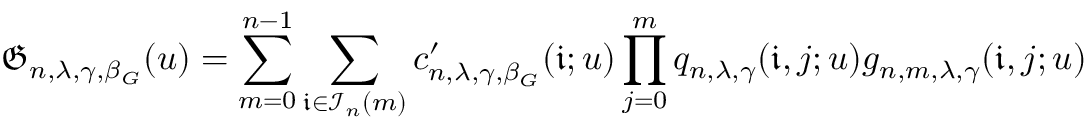
\mathfrak { G } _ { n , \lambda , \gamma , \beta _ { G } } ( u ) = \sum _ { m = 0 } ^ { n - 1 } \sum _ { \mathfrak { i } \in \mathcal { I } _ { n } ( m ) } c _ { n , \lambda , \gamma , \beta _ { G } } ^ { \prime } ( \mathfrak { i } ; u ) \prod _ { j = 0 } ^ { m } q _ { n , \lambda , \gamma } ( \mathfrak { i } , j ; u ) g _ { n , m , \lambda , \gamma } ( \mathfrak { i } , j ; u )